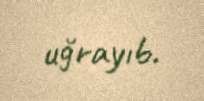
uğrayıb.